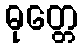
ဓုတ္တေ